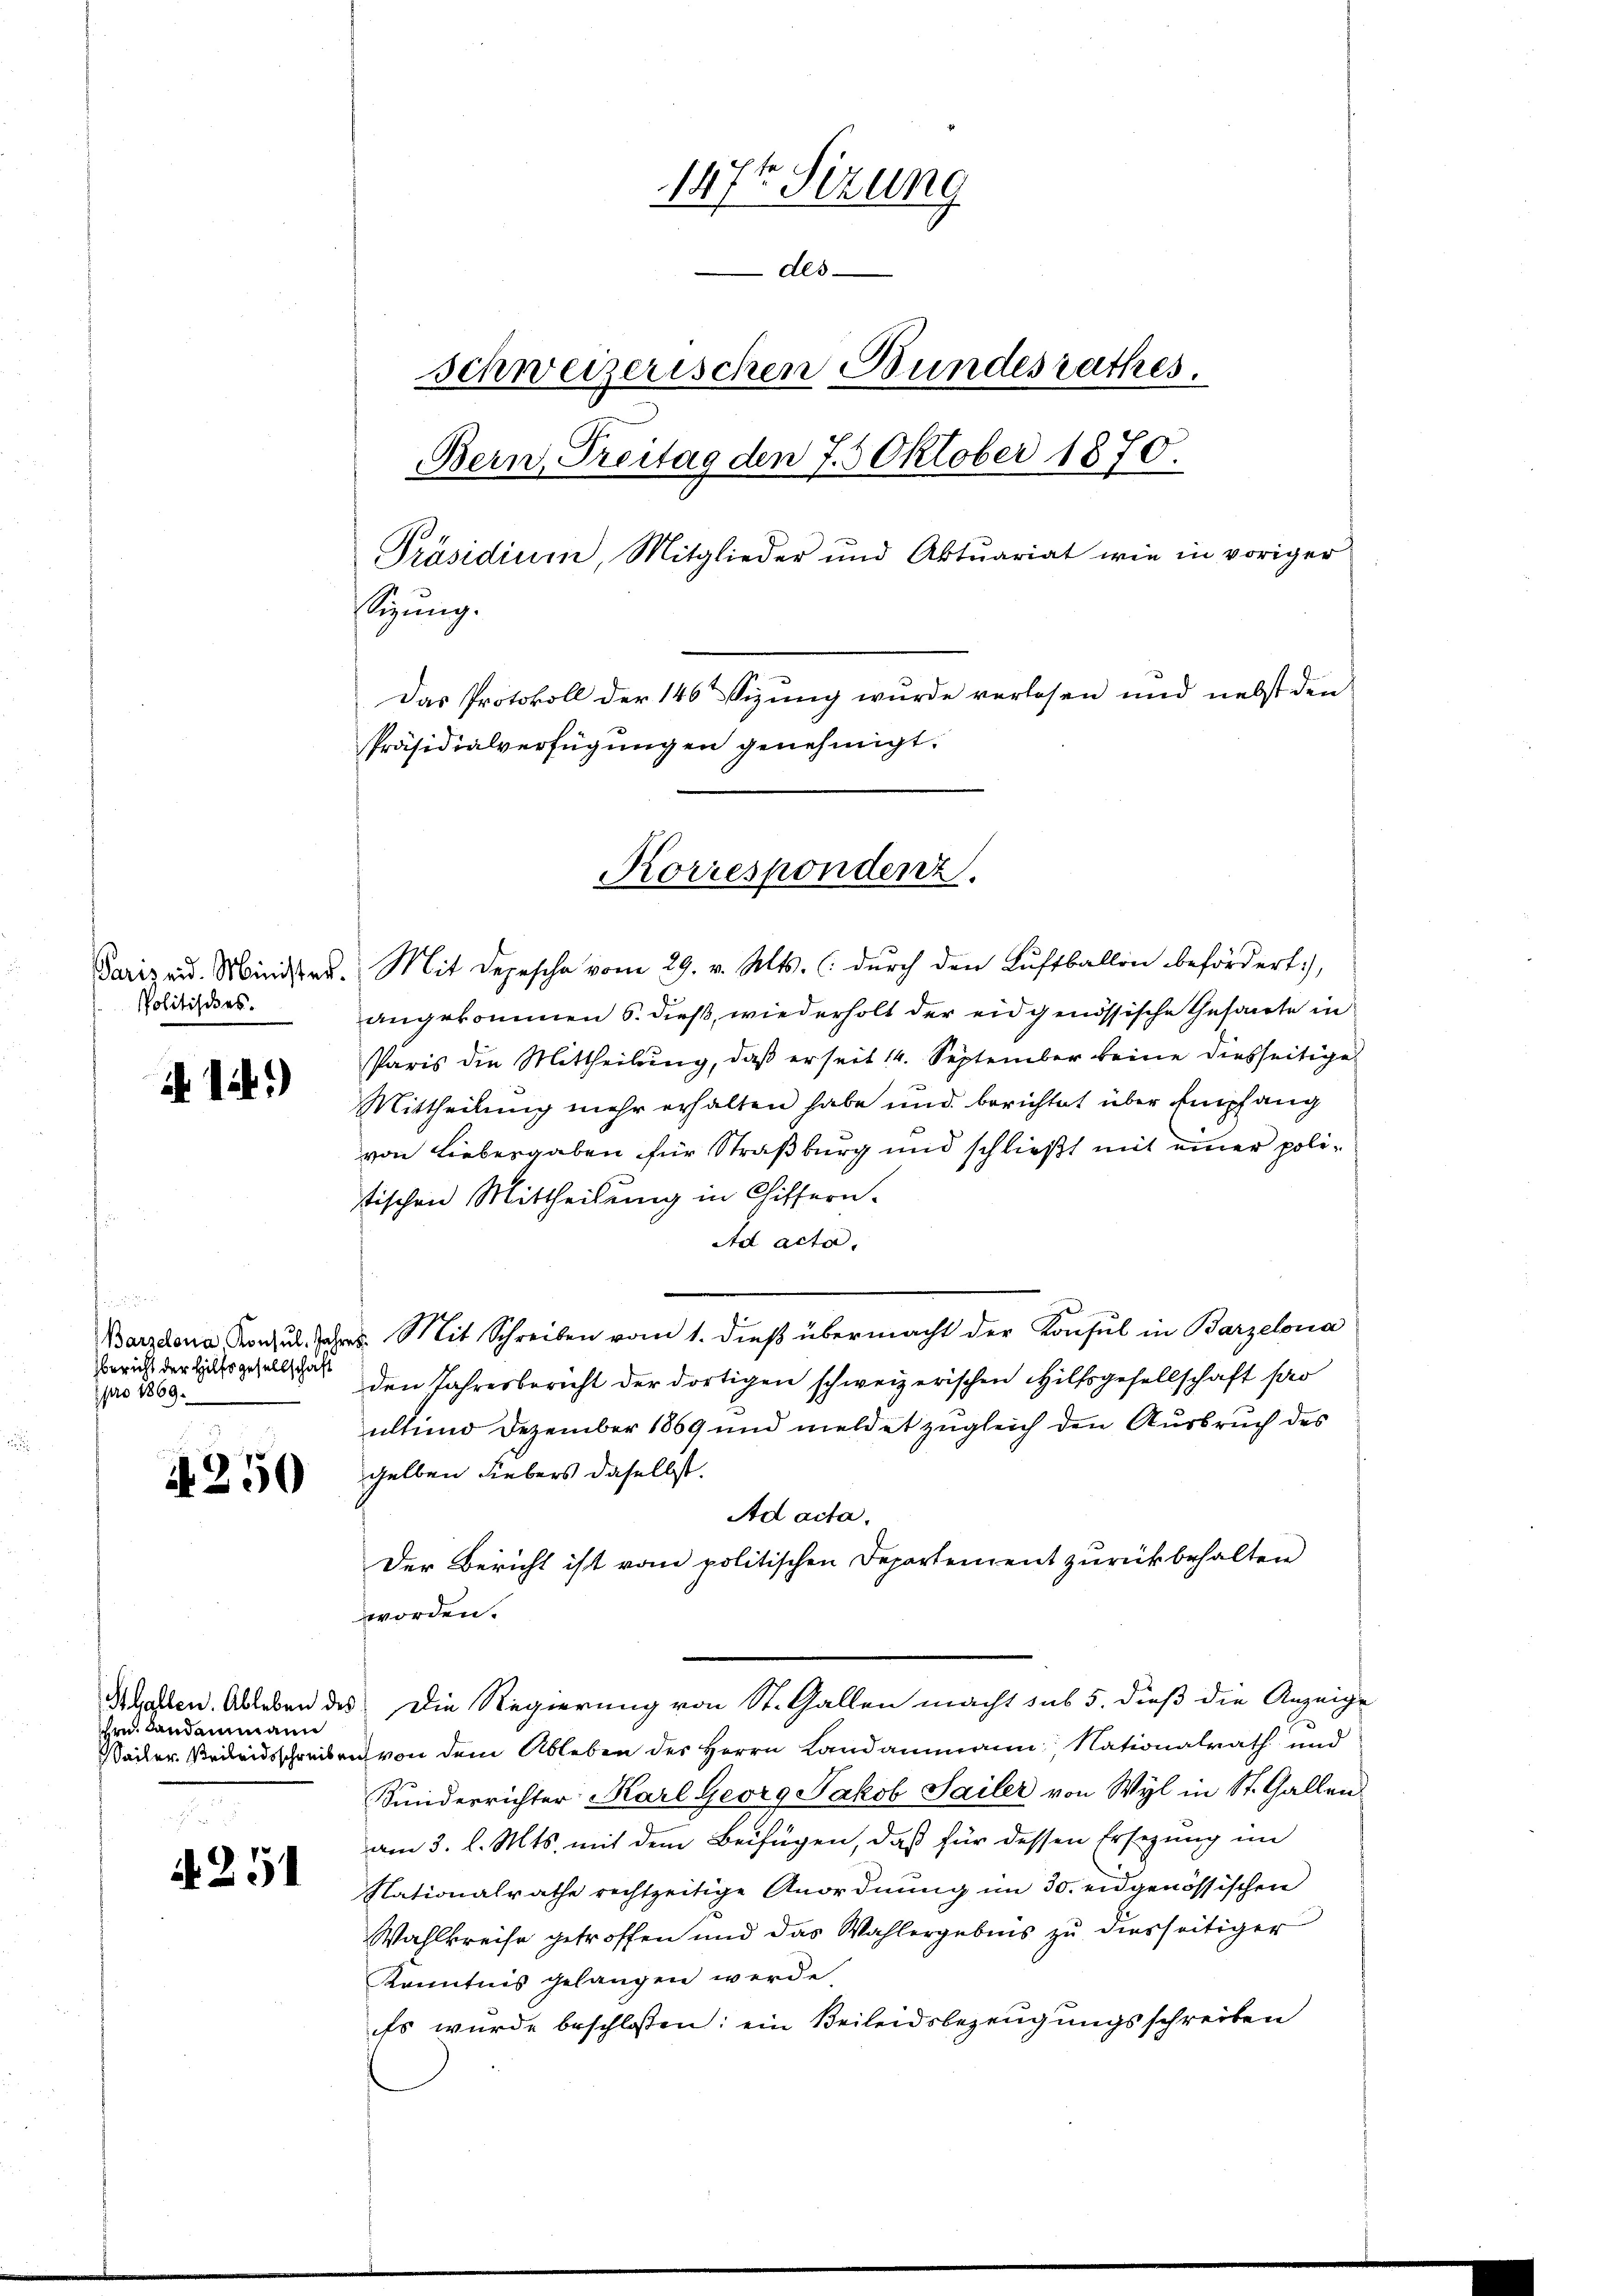
Politisches.

if. 124.)

s
bericht der Hilfsgesellschaft
pro 1869.

.
A 250

Sthallen. Ableben des
schen Landammann
ailer Seileidsschreiben

251

147t Sizung
des
schweizerischen Bundesrathes.
Bern, Treitag den 7.5 Oktober 1870.
Präsidium, Mitglieder und Aktuariat wie in voriger
sezung.
Das Protokoll der 146 Sizung wurde verlosen und nebst den
Präsidialverfügungen genehmigt.

Korrespondenz.
Sarizau. Minister. Mit Depesche vom 29. v. Mts. (: durch den Luftballon befördert,

angekommen 6. dieß, wiederholt der eidgenössische Gesante in
Paris die Mittheilung, daß er seit 14. September keine diesseitige
Mittheilung mehr erhalten habe und berichtet über Empfang
von Liebergaben für Straßburg und schließt mit einer polistischen Mittheilung in Chiffern.
Ad acta.
Barzdena Franz u. s. Mit Schreiben vom 1. dieß übermacht der Konsul in Barzelona
den Jahresbericht der dortigen schweizerischen Hilfsgesellschaft pro
alt und Dezember 1869 und meldet zugleich den Ausbruch des
gelben Liebers daselbst.
Ad acta.
Der Bericht ist vom politischen Departement zurückbehalten
worden.
Die Regierung von St. Gallen macht sub 5. dieß die Anzeige
u von dem Ableben des Herrn Landammann, Nationalrath und
Kunderrichter Karl Georg Jakob Sailer von Wyl in St. Gallen
am 3. l. Mts. mit dem Beifügen, daß für dessen Ersezung im
Nationalrathe rechtzeitige Anordnŭng im 30. eidgenössischen
Wahlkreise getroffen und das Wahlergebnis zu diesseitiger
koenntnis gelangen werde.
Es wurde beschlossen: ein Beileidsbezeugungsschreiben